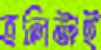
হলিটাই